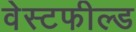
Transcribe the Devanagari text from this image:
वेस्टफील्ड